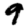
Digit: 9